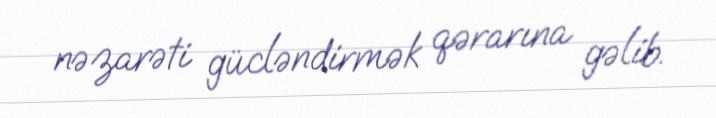
nəzarəti gücləndirmək qərarına gəlib.